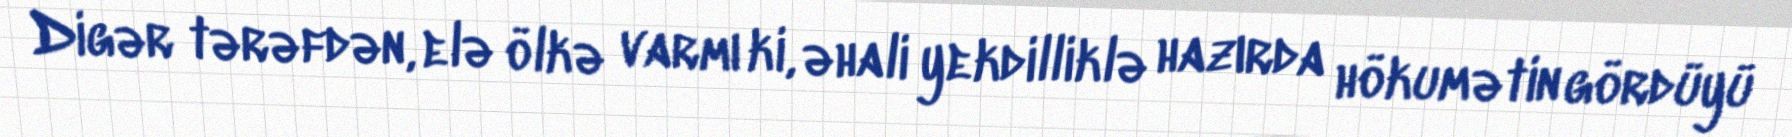
Digər tərəfdən, elə ölkə varmı ki, əhali yekdilliklə hazırda hökumətin gördüyü